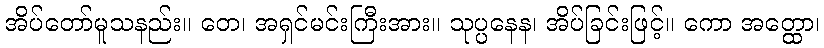
အိပ်တော်မူသနည်း။ တေ၊ အရှင်မင်းကြီးအား။ သုပ္ပနေန၊ အိပ်ခြင်းဖြင့်။ ကော အတ္ထော၊